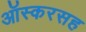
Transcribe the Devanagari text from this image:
ऑस्करसह